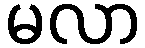
မလာ